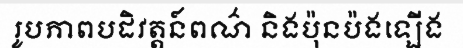
រូបភាពបដិវត្តន៍ពណ៌ និងប៉ុនប៉ងឡើង